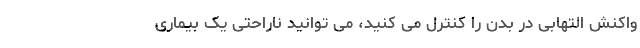
واکنش التهابی در بدن را کنترل می کنید، می توانید ناراحتی یک بیماری